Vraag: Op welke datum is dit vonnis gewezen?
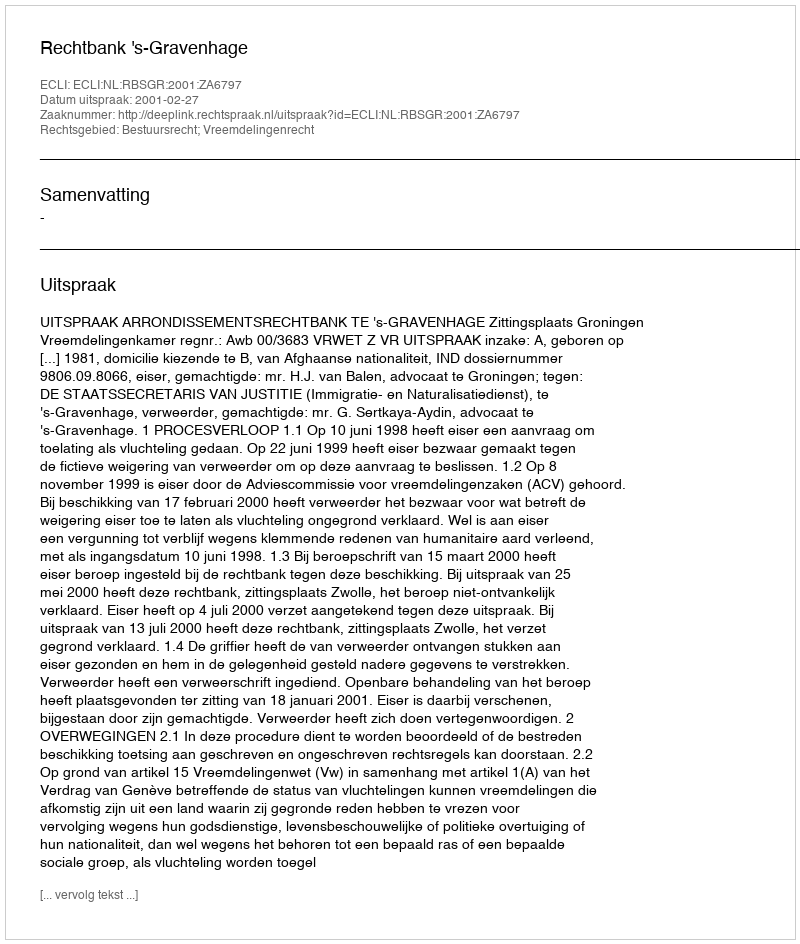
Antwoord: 2001-02-27